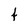
Character: t